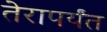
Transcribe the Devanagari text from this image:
तेरापर्यंत